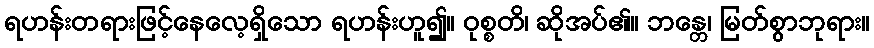
ရဟန်းတရားဖြင့်နေလေ့ရှိသော ရဟန်းဟူ၍။ ဝုစ္စတိ၊ ဆိုအပ်၏။ ဘန္တေ၊ မြတ်စွာဘုရား။